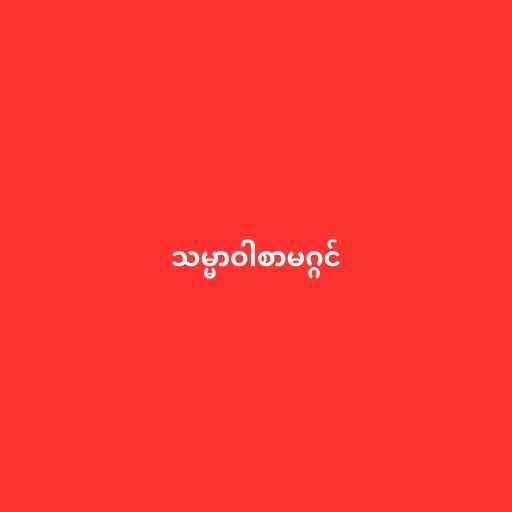
သမ္မာဝါစာမဂ္ဂင်